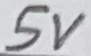
Text: 5V